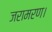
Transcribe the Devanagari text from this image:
जरामरण।